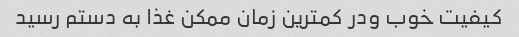
کیفیت خوب ودر کمترین زمان ممکن غذا به دستم رسید